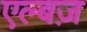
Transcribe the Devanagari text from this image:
एल्बज़